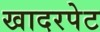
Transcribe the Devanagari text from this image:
खादरपेट